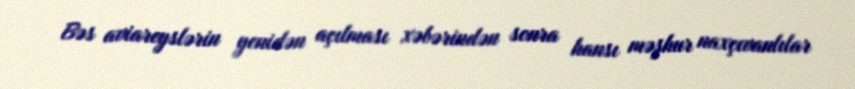
Bəs aviareyslərin yenidən açılması xəbərindən sonra hansı məşhur naxçıvanlılar